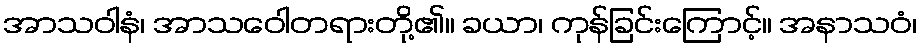
အာသဝါနံ၊ အာသဝေါတရားတို့၏။ ခယာ၊ ကုန်ခြင်းကြောင့်။ အနာသဝံ၊